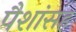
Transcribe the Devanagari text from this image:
पैशांसह